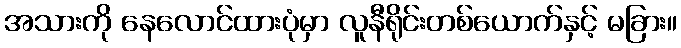
အသားကို နေလောင်ထားပုံမှာ လူနီရိုင်းတစ်ယောက်နှင့် မခြား။